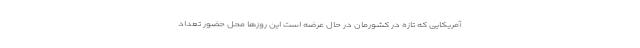
آمریکایی که تازه در کشورمان در حال عرضه است این روزها محل حضور تعداد